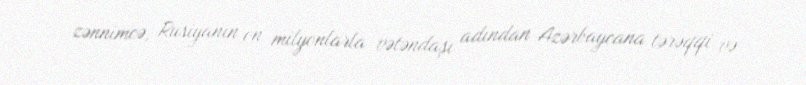
zənnimcə, Rusiyanın on milyonlarla vətəndaşı adından Azərbaycana tərəqqi və